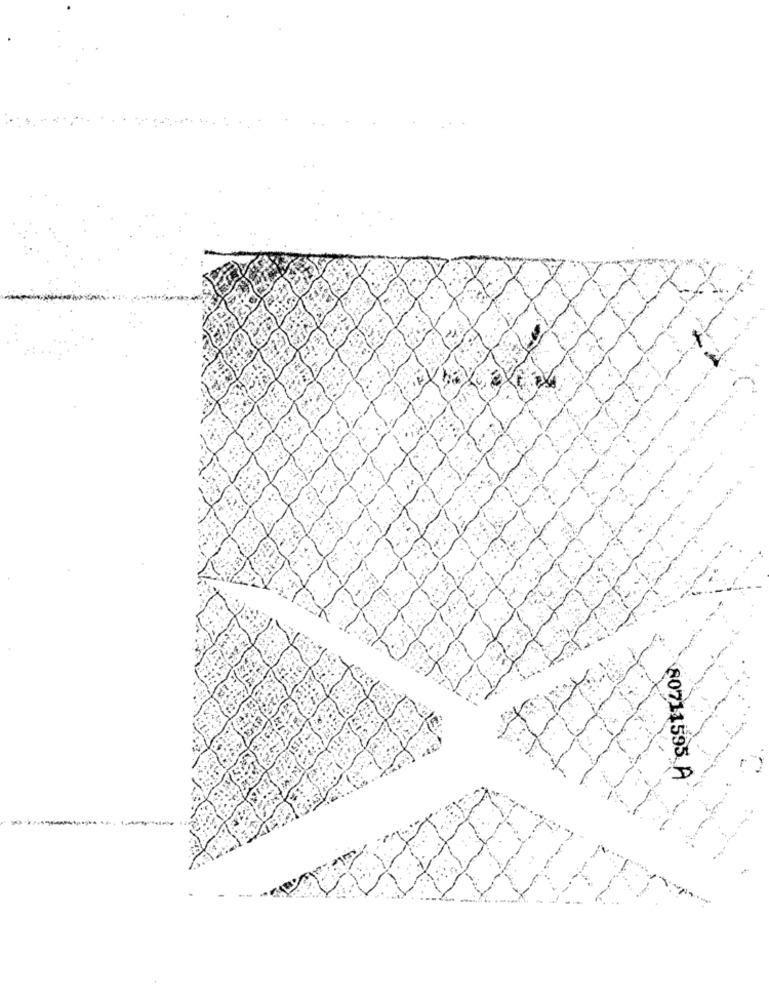
80711595 A